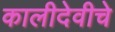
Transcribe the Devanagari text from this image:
कालीदेवीचे